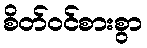
စိတ်ဝင်စားစွာ